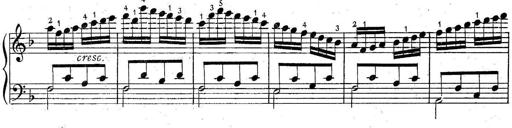
Title: 6 Easy Sonatinas
Composer: Carl Czerny